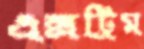
এক্সট্রিম